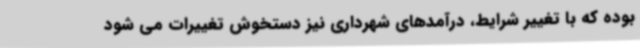
بوده که با تغییر شرایط، درآمدهای شهرداری نیز دستخوش تغییرات می شود